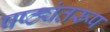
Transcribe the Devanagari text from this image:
षष्ठ्यंतरूप